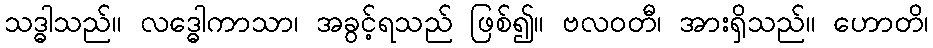
သဒ္ဓါသည်။ လဒ္ဓေါကာသာ၊ အခွင့်ရသည် ဖြစ်၍။ ဗလဝတီ၊ အားရှိသည်။ ဟောတိ၊